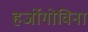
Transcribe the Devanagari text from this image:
हर्जोगोविना